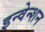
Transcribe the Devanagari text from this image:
इन्वेन्शन